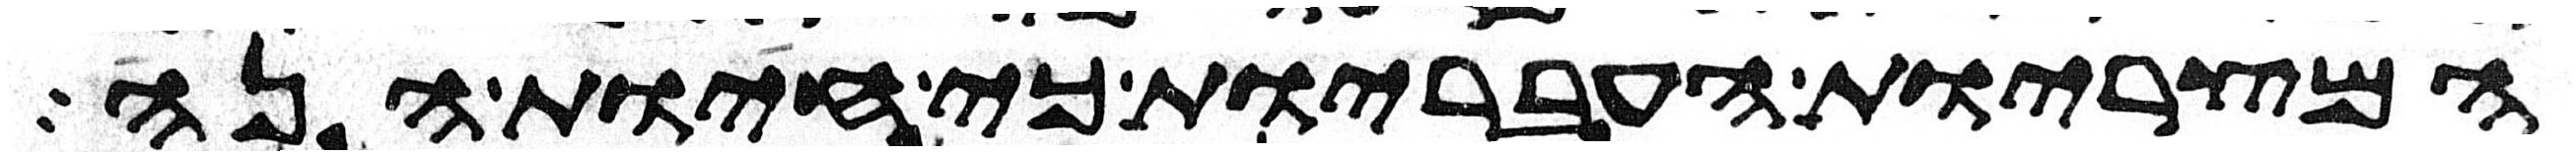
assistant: המצריות העבריות כי חיות הנה